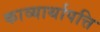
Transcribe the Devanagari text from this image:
काव्यार्थापत्ति